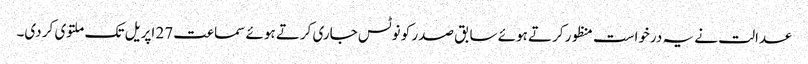
عدالت نے یہ درخواست منظور کرتے ہوئے سابق صدر کو نوٹس جاری کرتے ہوئے سماعت 27 اپریل تک ملتوی کر دی۔